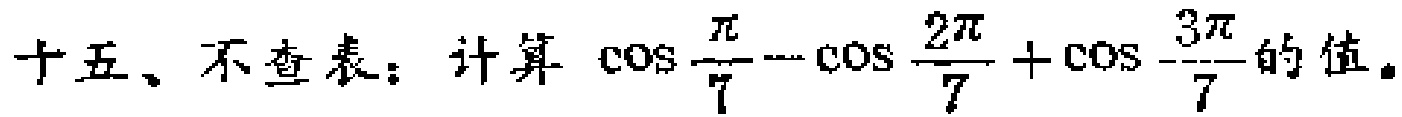
十五、不查表：计算 \(\cos\frac{\pi}{7}-\cos\frac{2\pi}{7}+\cos\frac{3\pi}{7}\) 的值。